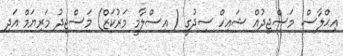
އިޙްލާސް. މަސްޖިދުއް ޝައިހް ސިދުގީ ( އިސްލާމީ މަރުކަޒް) މަސްޖިދު މަރިޔަމް އަދި